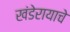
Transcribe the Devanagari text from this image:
खंडेरायाचे